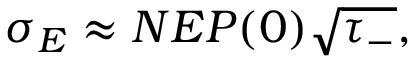
\sigma _ { E } \approx N E P ( 0 ) \sqrt { \tau _ { - } } ,